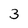
Character: 3